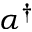
\alpha ^ { \dagger }